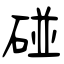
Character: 碰